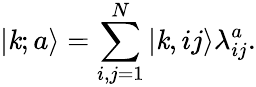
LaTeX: |\mathit{k};a\rangle=\sum_{i,j=1}^{N}|\mathit{k},ij\rangle\lambda_{ij}^{a}.